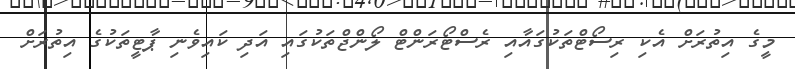
މީގެ އިތުރަށް އެކި ރިސޯޓްތަކުގައާއި ރެސްޓޯރަންޓް ލޯންޖްތަކުގައި އަދި ކައިވެނި ޕާޓީތަކުގެ އިތުރަށް